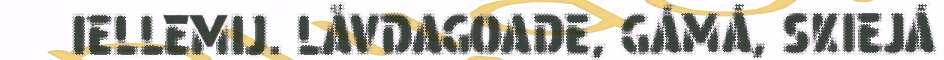
IELLEMIJ. LÅVDAGOADE, GÁMÁ, SKIEJÁ